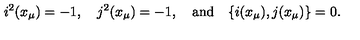
i ^ { 2 } ( x _ { \mu } ) = - 1 , \quad j ^ { 2 } ( x _ { \mu } ) = - 1 , \quad \mathrm { a n d } \quad \{ i ( x _ { \mu } ) , j ( x _ { \mu } ) \} = 0 .